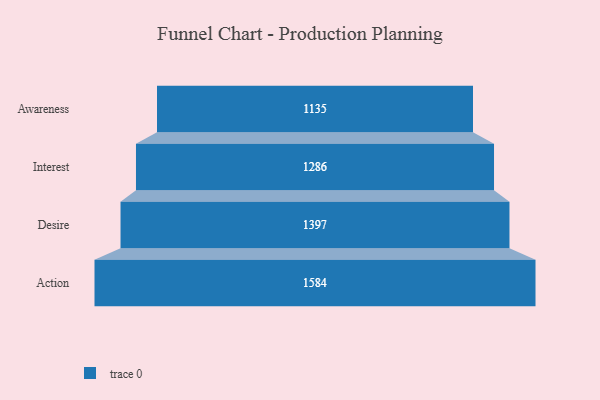
{"axis": {"x": "Stage", "y": "Value"}, "legend": [""], "data": [{"x": "Awareness", "y": 1135.0, "type": ""}, {"x": "Interest", "y": 1286.0, "type": ""}, {"x": "Desire", "y": 1397.0, "type": ""}, {"x": "Action", "y": 1584.0, "type": ""}]}